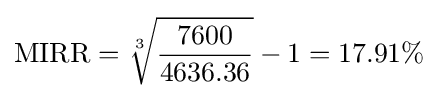
{\text{MIRR}}={\sqrt[{3}]{\frac {7600}{4636.36}}}-1=17.91\%